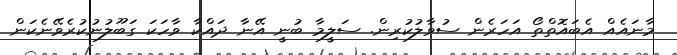
މާނައެއް އެބައޮތްތޯ އަހަރެން ސުވާލުކުރިން. ސަލީމާ ބުނީ އޭނާ ދައްކާ ވާހަކަ ގަބޫލުނުކުރެވޭނެކަން